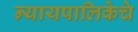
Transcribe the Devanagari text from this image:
न्यायपालिकेचे